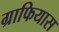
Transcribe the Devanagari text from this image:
ग्राफियास